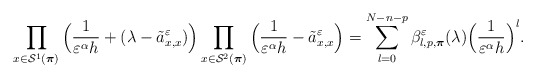
\begin{align*} \prod_{x\in\mathcal{S}^1(\boldsymbol{\pi})}\Big(\frac{1}{\varepsilon^\alpha h}+(\lambda-\tilde{a}^\varepsilon_{x,x})\Big) \prod_{x\in\mathcal{S}^2(\boldsymbol{\pi})}\Big(\frac{1}{\varepsilon^\alpha h}-\tilde{a}^\varepsilon_{x,x}\Big) =\sum_{l=0}^{N-n-p}\beta^\varepsilon_{l,p,\boldsymbol{\pi}}(\lambda)\Big(\frac{1}{\varepsilon^{\alpha}h}\Big)^l.\end{align*}